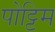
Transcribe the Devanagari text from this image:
पोट्टिम